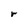
Character: r